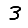
Digit: 3